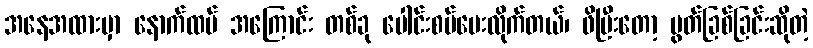
အနေအထားမှာ နောက်ထပ် အကြောင်း တစ်ခု ပေါင်းစပ်ပေးလိုက်တယ်၊ ဖိပြီးတော့ ပွတ်ခြစ်ခြင်းဆိုတဲ့